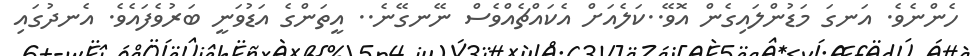
ހެންނެވެ. އަނގަ މަޑުންލައިގެން އޮވޭ..ކަލެއަށް އެކައްޗެއްވެސް ނޭނގޭނެ.. އީތަންގެ އަޑުވަނީ ބަރުވެފައެވެ. އެނދުގައި